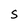
Character: S